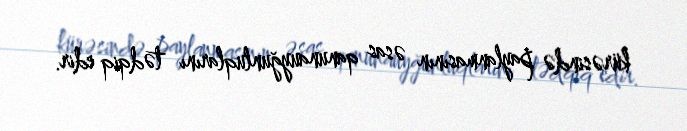
kürəsində paylanmasının əsas qanunauyğunluqlarını tədqiq edir.